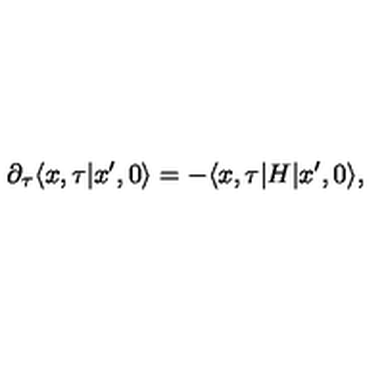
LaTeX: \partial _ { \tau } \langle x , \tau \vert x ^ { \prime } , 0 \rangle = - \langle x , \tau \vert H \vert x ^ { \prime } , 0 \rangle ,